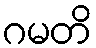
ဂမတိ